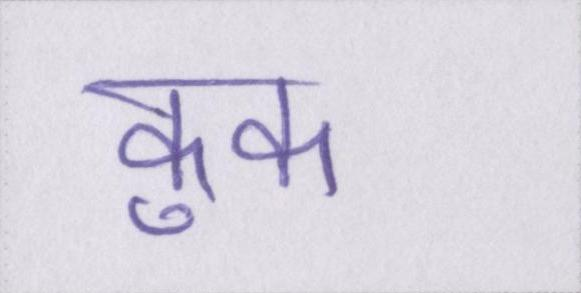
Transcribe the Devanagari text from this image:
कुक